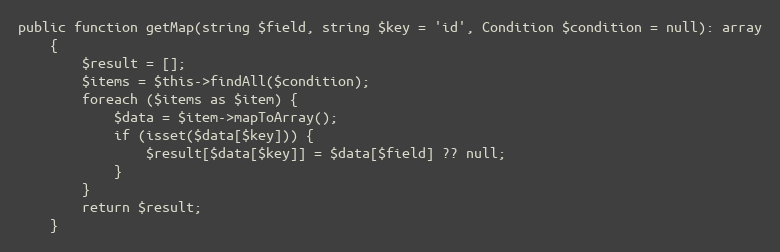
Language: PHP
public function getMap(string $field, string $key = 'id', Condition $condition = null): array
    {
        $result = [];
        $items = $this->findAll($condition);
        foreach ($items as $item) {
            $data = $item->mapToArray();
            if (isset($data[$key])) {
                $result[$data[$key]] = $data[$field] ?? null;
            }
        }
        return $result;
    }